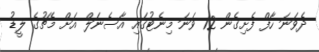
ދެވަނަ ހާފް ފެށިގެން 12 ވަނަ މިނެޓުގައި އާސެނަލް އަށް މެޗުގެ ލީޑު